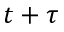
t + \tau